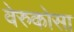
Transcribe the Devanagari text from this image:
वेरुकोसा